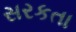
સરકતા